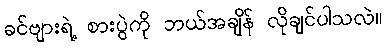
ခင်ဗျားရဲ့ စားပွဲကို ဘယ်အချိန် လိုချင်ပါသလဲ။